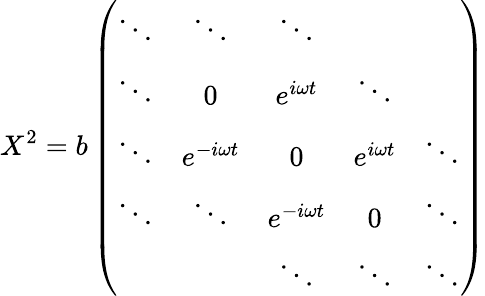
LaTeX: X^{2}=b\left(\begin{array}{ccccc}{{\ddots}}&{{\ddots}}&{{\ddots}}&{{}}&{{}}\\ {{\ddots}}&{{0}}&{{e^{i\omega t}}}&{{\ddots}}&{{}}\\ {{\ddots}}&{{e^{-i\omega t}}}&{{0}}&{{e^{i\omega t}}}&{{\ddots}}\\ {{\ddots}}&{{\ddots}}&{{e^{-i\omega t}}}&{{0}}&{{\ddots}}\\ {{}}&{{}}&{{\ddots}}&{{\ddots}}&{{\ddots}}\end{array}\right)